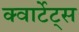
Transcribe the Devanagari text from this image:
क्वार्टेट्स